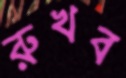
রুখব